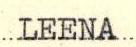
LEENA